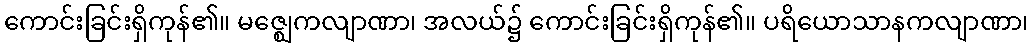
ကောင်းခြင်းရှိကုန်၏။ မဇ္ဈေကလျာဏာ၊ အလယ်၌ ကောင်းခြင်းရှိကုန်၏။ ပရိယောသာနကလျာဏာ၊